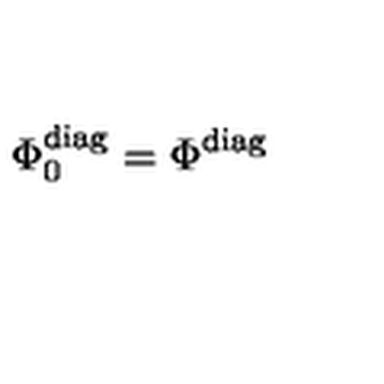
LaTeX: \Phi _ { 0 } ^ { \mathrm { d i a g } } = \Phi ^ { \mathrm { d i a g } }